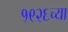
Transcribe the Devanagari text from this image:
१९२६च्या